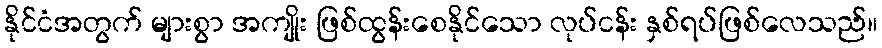
နိုင်ငံအတွက် များစွာ အကျိုး ဖြစ်ထွန်းစေနိုင်သော လုပ်ငန်း နှစ်ရပ်ဖြစ်လေသည်။